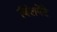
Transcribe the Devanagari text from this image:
क्लिमेंटे